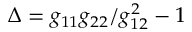
\Delta = g _ { 1 1 } g _ { 2 2 } / g _ { 1 2 } ^ { 2 } - 1